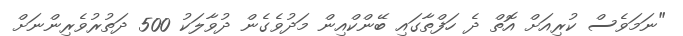
"ނަމަވެސް ކުރިއަށް އޮތް ދެ ހަފްތާގައި ބޭންކްއިން މަދުވެގެން ދުވާލަކު 500 ދަތުރުވެރިންނަަށް